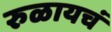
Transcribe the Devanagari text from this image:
रुळायचं